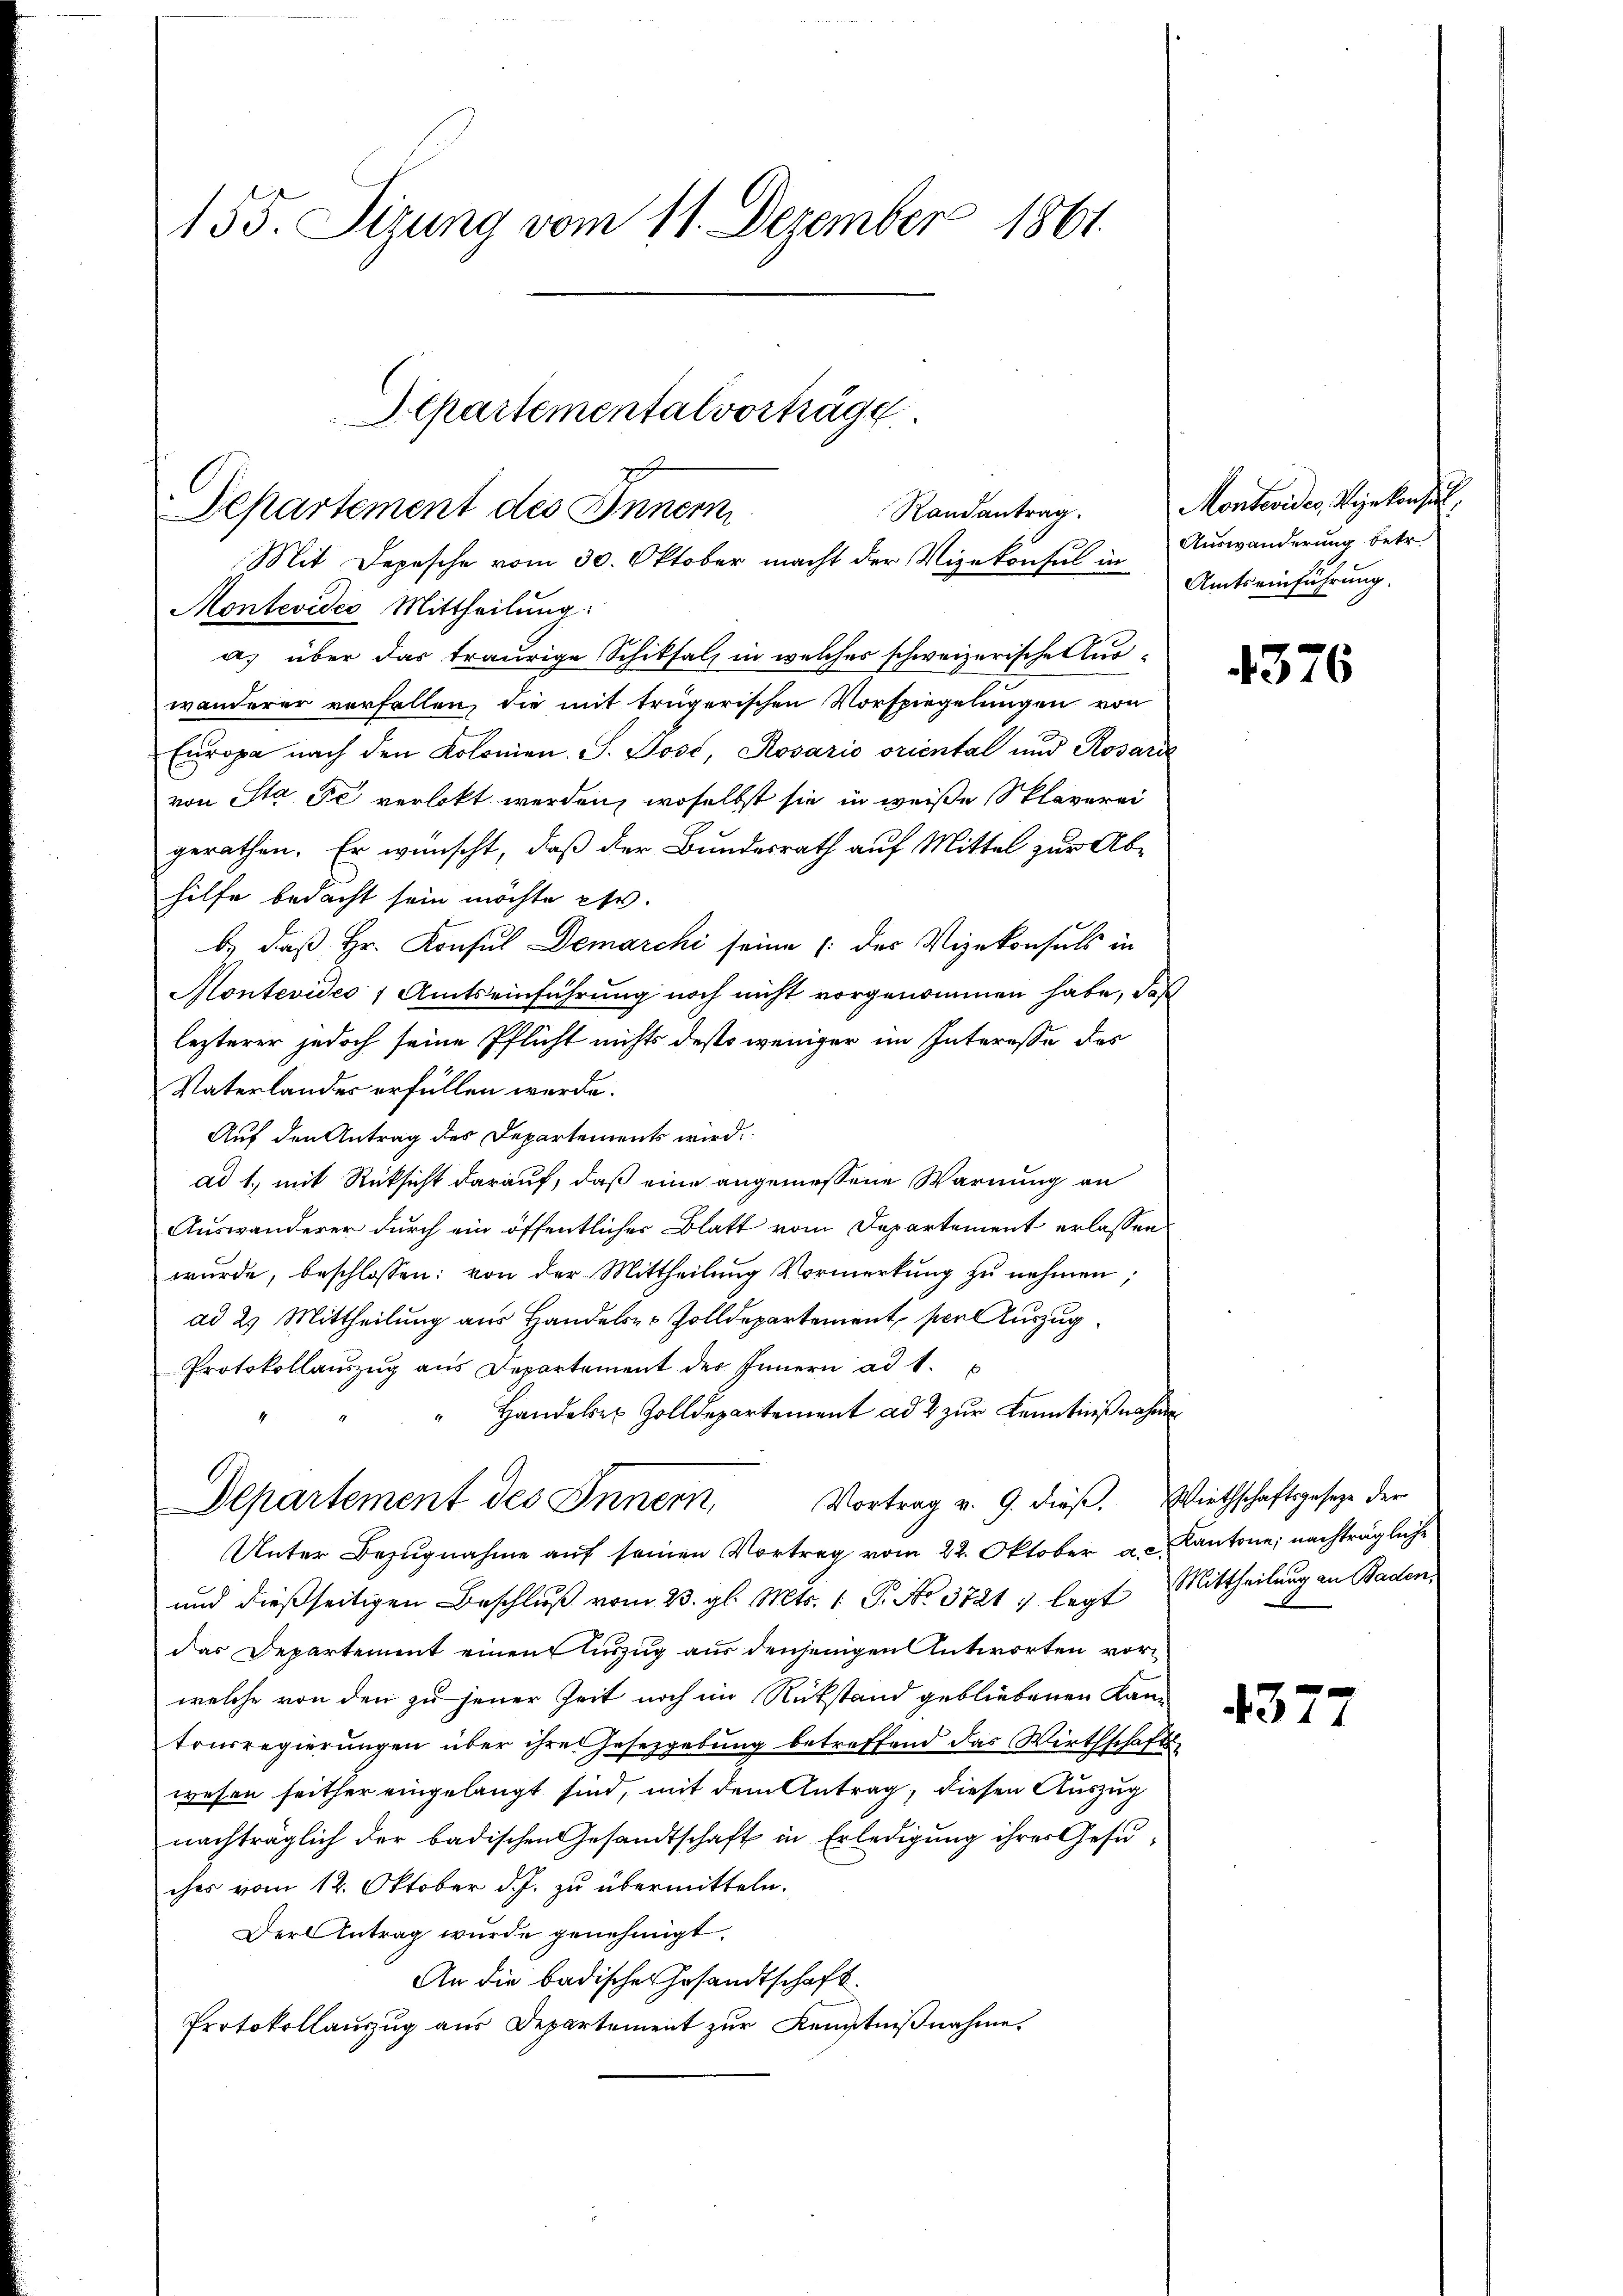
155. Sitzung vom 11. Dezember 1861.

Aepartemental vorträge

Departement des Innern
Montevides Mittheilung:
a) über das traurige Schitsalz in welches schweizerische Auswanderer vorfallen, die mit trügerischen Vorspiegelungen von
Europa nach den Kolonien S. Jost, Rosario oriental und Rosaris
von Sta de verlobt werden, woselbst sie in weiße Sklaverei
gerathen. Er wünscht, daß der Bundesrath auf Mittel zur Abhilfe bedacht sein möchte etc.
b.) daß Hr. Konsul Demarchi seine /: der Vizekonsuls in
Montevideo 1 Amtseinführung noch nicht vorgenommen habe, daß
lezterer jedoch seine Pflicht nichts desto weniger im Interesse des
Vaterlandes erfüllen werde.
Auf den Antrag des Departements wird.
ad 1., mit Rücksicht darauf, daß eine angemessene Warnung an
Auswanderer durch ein öffentlicher Blatt vom Departement erlassen
wŭrde, beschlossen: von der Mittheilŭng Vormerkŭng zŭ nehmen;
ad 2. Mittheilung aus Handeler Zolldepartement per Auszug
Protokollaŭszŭg ans Departement des Innern ad 1.
Handeler Zolldepartement ad 2 zur Kenntnißnahme
Departement des Innern, Vortrag v. 9. dieß. Wirthschaftsgesetze der
Unter Bezugnahme auf seinen Vortrag vom 22. Oktober a.c. Kantone, nachträgliche
und dießseitigen Beschluß vom 23. gl. Mts. 1. P. No 3721 7 legt Mittheilung an Baden
das Departement einen Auszug aus denjenigen Antworten vor
welche von den zu jener Zeit noch im Rükstand gebliebenen Kantonsregierungen über ihre Gesetzgebung betreffend das Wirthschafts
wesen seither eingelangt sind, mit dem Antrag, diesen Auszug
nachträglich der badischen Gesandtschaft in Erledigung ihres Gesuches vom 12. Oktober d. J. zu übermitteln.
Der Antrag wurde genehmigt.
An die badische Gesandtschaft
Protokollauszug aus Departement zur Kenntnißnahme.

Randantrag.
Mit Depesche vom 30. Oktober macht der Vizekonsul in

Montevides, Vizekonsul
Auswanderung betr.
Amtseinführung.

4376

4377